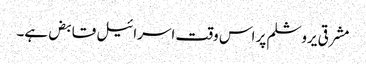
مشرقی یروشلم پر اس وقت اسرائیل قابض ہے۔